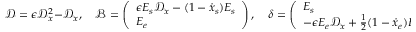
\mathcal { D } = \epsilon \mathcal { D } _ { x } ^ { 2 } - \mathcal { D } _ { x } , \quad \mathcal { B } = \left( \begin{array} { l } { \epsilon E _ { s } \mathcal { D } _ { x } - ( 1 - \dot { x } _ { s } ) E _ { s } } \\ { E _ { e } } \end{array} \right) , \quad \boldsymbol { \delta } = \left( \begin{array} { l } { E _ { s } } \\ { - \epsilon E _ { e } \mathcal { D } _ { x } + \frac { 1 } { 2 } ( 1 - \dot { x } _ { e } ) E _ { e } } \end{array} \right) ,